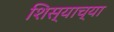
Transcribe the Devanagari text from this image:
शिस्याच्या